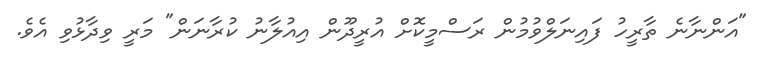
"އަންނާނެ ތާރީހު ފައިނަލްވުމުން ރަސްމީކޮށް އުރީދޫން އިއުލާނު ކުރާނަން" މަރީ ވިދާޅުވި އެވެ.